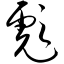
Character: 彪